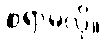
စရာမလို။